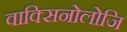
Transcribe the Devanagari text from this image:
वाक्सिनोलोजि